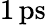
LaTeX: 1\, \mathrm{ps}